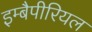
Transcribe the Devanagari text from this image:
इम्बैपीरियल